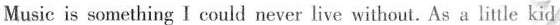
Musicis something I could never live without. As a little kid,